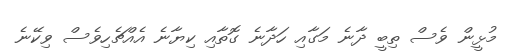
މުޅީން ވެސް ތިބީ ދާނެ މަގާއި ހަދާނެ ގޮތާއި ކިޔާނެ އެއްޗެހިވެސް ވިކޭނެ